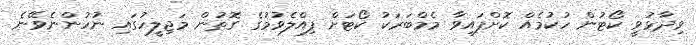
ވިދާޅުވީ ކޯޓުން ހުކުމެއް ކޮށްފައިވާ މެމްބަރަކު ކޯޓަށް ފިއްލެވުމުގެ ގޮތުން މަޖިލީހުގައި ނުހުންނެވޭނެ